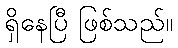
ရှိနေပြီ ဖြစ်သည်။